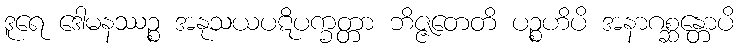
ဒူရေ ဒေါမနဿဉ္စ အနုသယပဋိပက္ခတ္တာ ဘိဇ္ဇတေတိ ပဉ္စဟိပိ အနာဂစ္ဆန္တောပိ